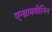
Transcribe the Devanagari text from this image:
एन्थ्राक्वीनिन